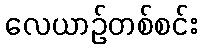
လေယာဉ်တစ်စင်း